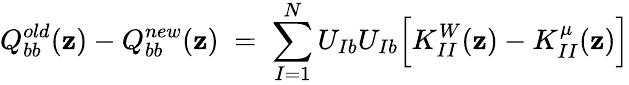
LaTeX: Q_{bb}^{old}(\mathbf{z})-Q_{bb}^{new}(\mathbf{z})\; =\; \sum_{I=1}^{N}U_{Ib}U_{Ib}\Big[K_{II}^{W}(\mathbf{z})-K_{II}^{\mu}(\mathbf{z})\Big]